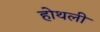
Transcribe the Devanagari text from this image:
होथली